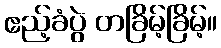
ဧည့်ခံပွဲ တခြိမ့်ခြိမ့်။